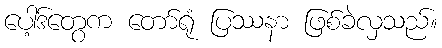
ပေါ့ဒ်တွေက တော်ရုံ ပြဿနာ ဖြစ်ခဲလှသည်။